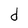
Character: d